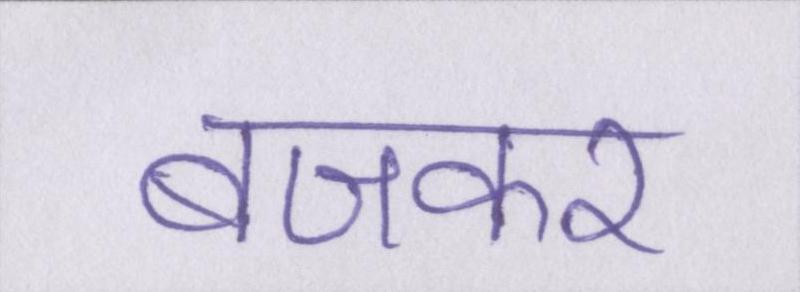
बजकर